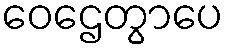
ဝေဌေတွာပေ